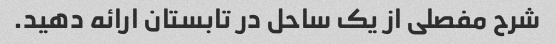
شرح مفصلی از یک ساحل در تابستان ارائه دهید.